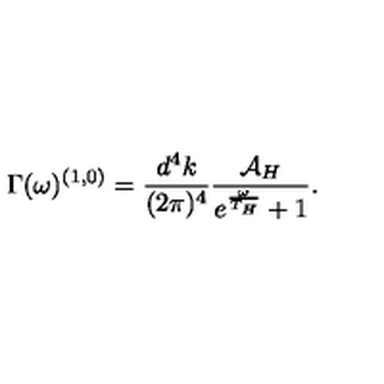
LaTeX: \Gamma ( \omega ) ^ { ( 1 , 0 ) } = \frac { d ^ { 4 } k } { ( 2 \pi ) ^ { 4 } } \frac { { \cal A } _ { H } } { e ^ { \frac { \omega } { T _ { H } } } + 1 } .